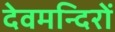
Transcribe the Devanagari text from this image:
देवमन्दिरों